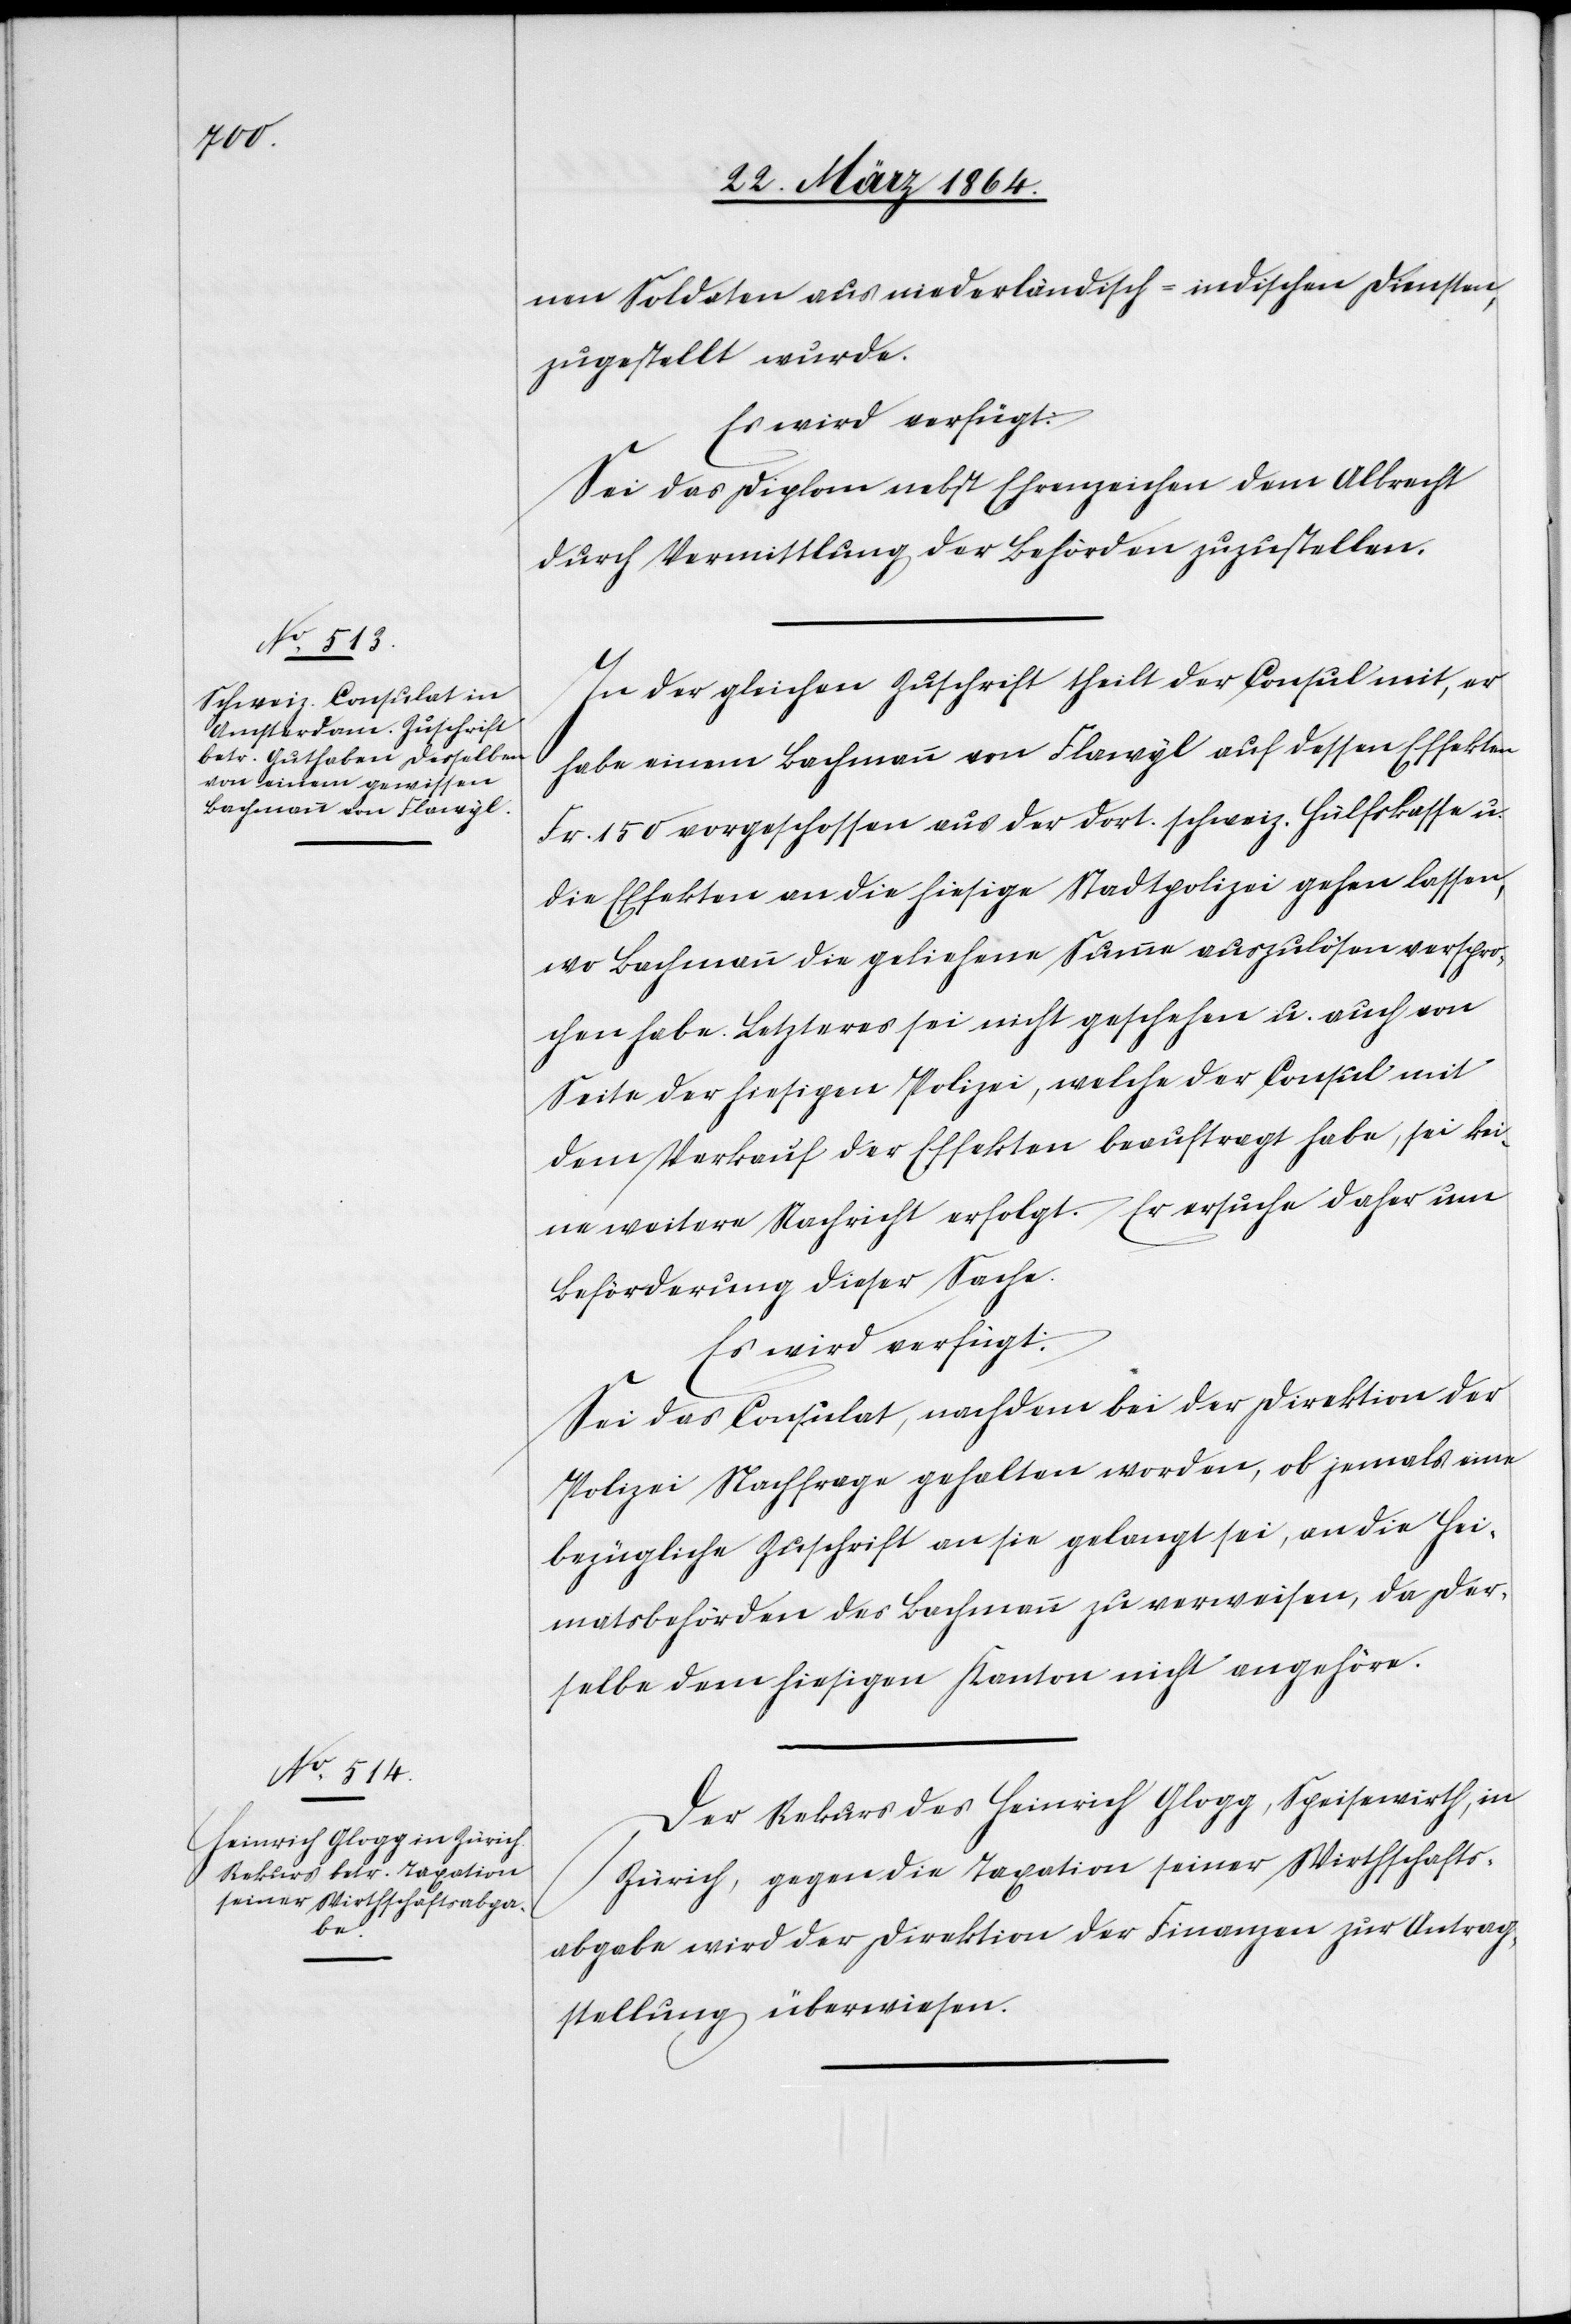
24. März 1864.]
nen Soldaten aus niederländisch-indischen Diensten,
zugestellt wurde.
Es wird verfügt:
Sei das Diplom nebst Ehrenzeichen dem Albrecht
durch Vermittlung der Behörden zuzustellen.
In der gleichen Zuschrift theilt der Consul mit, er
habe einem Bachmann von Flawyl auf dessen Effekten
Fr. 150 vorgeschossen aus der dort. schweiz. Hülfskasse u.
die Effekten an die hiesige Stadtpolizei gehen lassen,
wo Bachmann die geliehene Summe auszulösen verspro¬
chen habe. Letzteres sei nicht geschehen u. auch von
Seite der hiesigen Polizei, welche der Consul mit
dem Verkauf der Effekten beauftragt habe, sei kei¬
ne weitere Nachricht erfolgt. Er ersuche daher um
Beförderung dieser Sache.
Es wird verfügt:
Sei das Consulat, nachdem bei der Direktion der
Polizei Nachfrage gehalten worden, ob jemals eine
bezügliche Zuschrift an sie gelangt sei, an die Hei¬
matsbehörden des Bachmann zu verweisen, da der¬
selbe dem hiesigen Kanton nicht angehöre.
Der Rekurs des Heinrich Glogg, Speisewirth, in
Zürich, gegen die Taxation seiner Wirthschafts¬
abgabe wird der Direktion der Finanzen zur Antrag¬
stellung überwiesen.